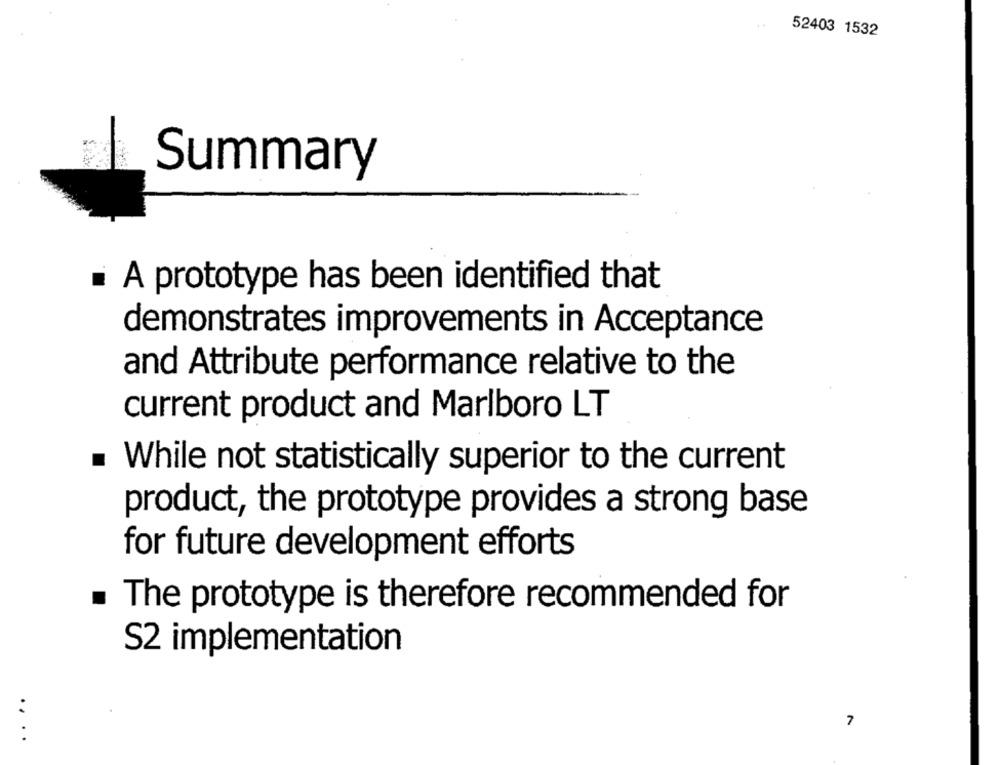
52403 1532
Summary
A prototype has been identified that
demonstrates improvements in Acceptance
and Attribute performance relative to the
current product and Marlboro LT
. While not statistically superior to the current
product, the prototype provides a strong base
for future development efforts
. The prototype is therefore recommended for
S2 implementation
7
....